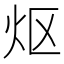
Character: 𬉼